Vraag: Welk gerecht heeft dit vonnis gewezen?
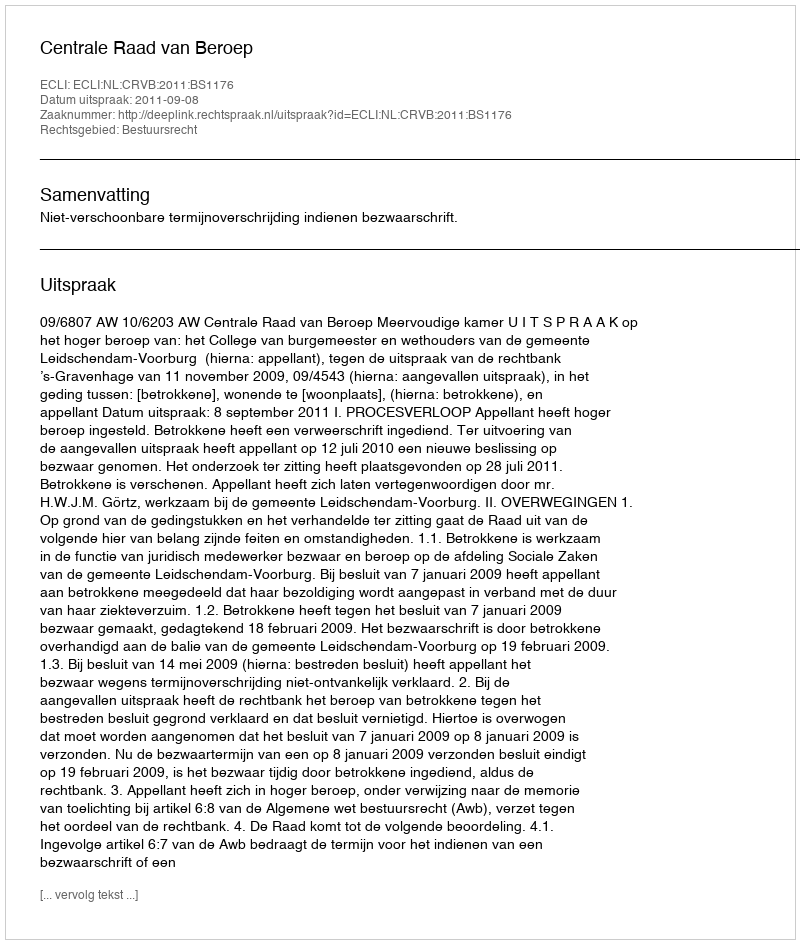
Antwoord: Centrale Raad van Beroep